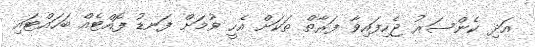
އަދި ކެންސަރު ޖެހިފައިވާ ފަރާތް ތަކަށް އެހީ ވުމަށް ފަނޑު ފޮއްޓެއް ބަހައްޓައި